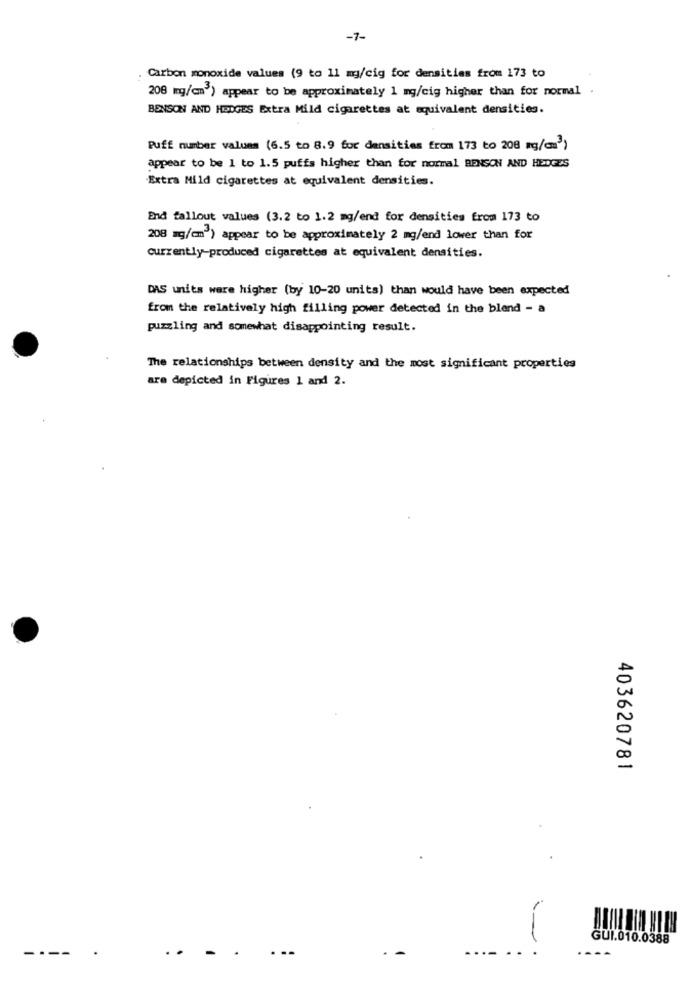
-7-
Carbon monoxide values (9 to 11 mg/cig for densities from 173 to
208 mg/cm3) appear to be approximately 1 mg/cig higher than for normal
BENSON AND HEDGES Extra Mild cigarettes at equivalent densities.
Puff number values (6.5 to 8.9 for densities from 173 to 208 mg/m3)
appear to be 1 to 1.5 puffs higher than for normal BENSON AND HEDGES
Extra Mild cigarettes at equivalent densities.
End fallout values (3.2 to 1.2 mg/end for densities from 173 to
208 mg/m) appear to be approximately 2 mg/end lower than for
currently-produced cigarettes at equivalent densities.
DAS units were higher (by 10-20 units) than would have been expected
from the relatively high filling power detected in the blend - a
puzzling and somewhat disappointing result.
The relationships between density and the most significant properties
are depicted in Figures 1 and 2.
403620781
GUI.010.0388
----
..
-
.-
-